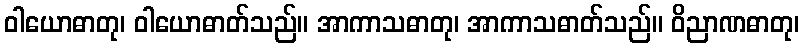
ဝါယောဓာတု၊ ဝါယောဓာတ်သည်။ အာကာသဓာတု၊ အာကာသဓာတ်သည်။ ဝိညာဏဓာတု၊